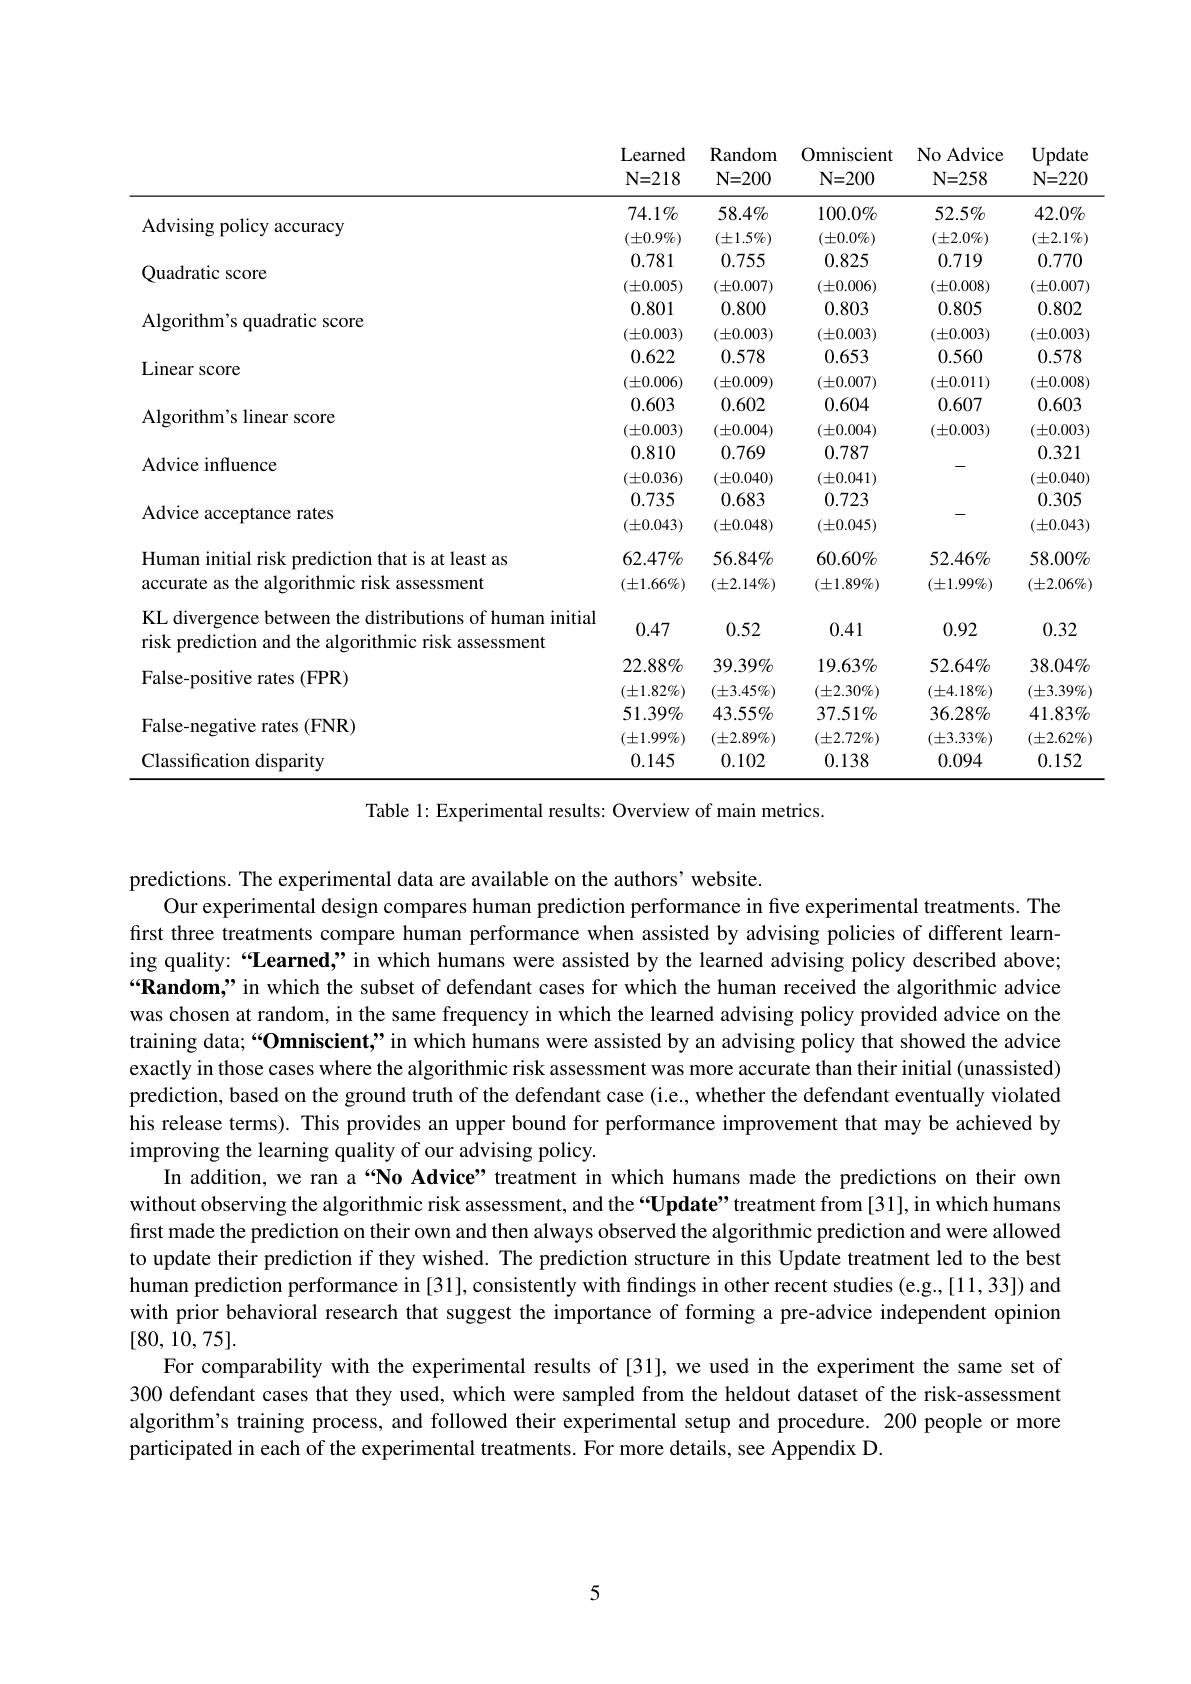
<table>
	<tbody>
		<tr>
			<th> </th>
			<th>Learned $\mathbf{N=218}$</th>
			<th>$\operatorname{Random}$ $\mathbf{N=200}$</th>
			<th>Omniscient $N=200$</th>
			<th>No Advice $\mathbf{N=258}$</th>
			<th>Update $\mathbf{N=220}$</th>
		</tr>
		<tr>
			<td>Advising policy accuracy</td>
			<td>$74.1\%$ $(\pm0.9\%)$</td>
			<td>$58.4\%$ $(\pm1.5\%)$</td>
			<td>$100.0\%$ $(\pm0.0\%)$</td>
			<td>$52.5\%$ $(\pm2.0\%)$</td>
			<td>$42.0\%$ $(\pm2.1\%)$</td>
		</tr>
		<tr>
			<td>Quadratic score</td>
			<td>0.781 $(\pm0.005)$</td>
			<td>0.755 $(\pm0.007)$</td>
			<td>0.825 $(\pm0.006)$</td>
			<td>0.719 $(\pm0.008)$</td>
			<td>0.770 $(\pm0.007)$</td>
		</tr>
		<tr>
			<td>Algorithm's quadratic score</td>
			<td>0.801 $(\pm0.003)$</td>
			<td>0.800 $(\pm0.003)$</td>
			<td>0.803 $(\pm0.003)$</td>
			<td>0.805 $(\pm0.003)$</td>
			<td>0.802 $(\pm0.003)$</td>
		</tr>
		<tr>
			<td>Linear score</td>
			<td>0.622 $(\pm0.006)$</td>
			<td>0.578 $(\pm0.009)$</td>
			<td>0.653 $(\pm0.007)$</td>
			<td>0.560 $(\pm0.011)$</td>
			<td>0.578 $(\pm0.008)$</td>
		</tr>
		<tr>
			<td>Algorithm's linear score</td>
			<td>0.603 $(\pm0.003)$</td>
			<td>0.602 $(\pm0.004)$</td>
			<td>0.604 $(\pm0.004)$</td>
			<td>0.607 $(\pm0.003)$</td>
			<td>0.603 $(\pm0.003)$</td>
		</tr>
		<tr>
			<td>Advice influence</td>
			<td>0.810 $(\pm0.036)$</td>
			<td>0.769 $(\pm0.040)$</td>
			<td>0.787 $(\pm0.041)$</td>
			<td>-</td>
			<td>0.321 $(\pm0.040)$</td>
		</tr>
		<tr>
			<td>Advice acceptance rates</td>
			<td>0.735 $(\pm0.043)$</td>
			<td>0.683 $(\pm0.048)$</td>
			<td>0.723 $(\pm0.045)$</td>
			<td>一</td>
			<td>0.305 $(\pm0.043)$</td>
		</tr>
		<tr>
			<td>Human initial risk prediction that is at least as accurate as the algorithmic risk assessment</td>
			<td>$62.47\%$ $(\pm1.66\%)$</td>
			<td>$56.84\%$ $(\pm2.14\%)$</td>
			<td>$60.60\%$ $(\pm1.89\%)$</td>
			<td>$52.46\%$ $(\pm1.99\%)$</td>
			<td>$58.00\%$ $(\pm2.06\%)$</td>
		</tr>
		<tr>
			<td>KL divergence between the distributions of human initial risk prediction and the algorithmic risk assessment</td>
			<td>0.47</td>
			<td>0.52</td>
			<td>0.41</td>
			<td>0.92</td>
			<td>0.32</td>
		</tr>
		<tr>
			<td>False-positive rates (FPR)</td>
			<td>$22.88\%$ $(\pm1.82\%)$</td>
			<td>$39.39\%$ $(\pm3.45\%)$</td>
			<td>$19.63\%$ $(\pm2.30\%)$</td>
			<td>$52.64\%$ $(\pm4.18\%)$</td>
			<td>$38.04\%$ $(\pm3.39\%$</td>
		</tr>
		<tr>
			<td>False-negative rates (FNR)</td>
			<td>$51.39\%$ $(\pm1.99\%)$</td>
			<td>$43.55\%$ $(\pm2.89\%)$</td>
			<td>$37.51\%$ $(\pm2.72\%)$</td>
			<td>$36.28\%$ $(\pm3.33\%)$</td>
			<td>$41.83\%$ $(\pm2.62\%$</td>
		</tr>
		<tr>
			<td>disparity $^{\prime }$lacsitreatior</td>
			<td>0.145</td>
			<td>0.102</td>
			<td>0.138</td>
			<td>0.094</td>
			<td>0.152</td>
		</tr>
	</tbody>
</table>

Table 1: Experimental results: Overview of main metrics.

predictions. The experimental data are available on the authors' website.
Our experimental design compares human prediction performance in five experimental treatments. The first three treatments compare human performance when assisted by advising policies of different learning quality:“Learned;”in which humans were assisted by the learned advising policy described above; “Random,” in which the subset of defendant cases for which the human received the algorithmic advice was chosen at random, in the same frequency in which the learned advising policy provided advice on the training data;“Omniscient,”in which humans were assisted by an advising policy that showed the advice exactly in those cases where the algorithmic risk assessment was more accurate than their initial (unassisted) prediction, based on the ground truth of the defendant case (i.e., whether the defendant eventually violated his release terms). This provides an upper bound for performance improvement that may be achieved by improving the learning quality of our advising policy.
In addition, we ran a “No Advice” treatment in which humans made the predictions on their own without observing the algorithmic risk assessment, and the “Update”treatment from [31], in which humans first made the prediction on their own and then always observed the algorithmic prediction and were allowed to update their prediction if they wished. The prediction structure in this Update treatment led to the best human prediction performance in [31], consistently with findings in other recent studies (e.g.,[11,33]) and with prior behavioral research that suggest the importance of forming a pre-advice independent opinion [80,10,75].
For comparability with the experimental results of [31], we used in the experiment the same set of 300 defendant cases that they used, which were sampled from the heldout dataset of the risk-assessment algorithm's training process, and followed their experimental setup and procedure. 200 people or more participated in each of the experimental treatments. For more details, see Appendix D.

5